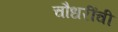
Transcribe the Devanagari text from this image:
चौधरींची